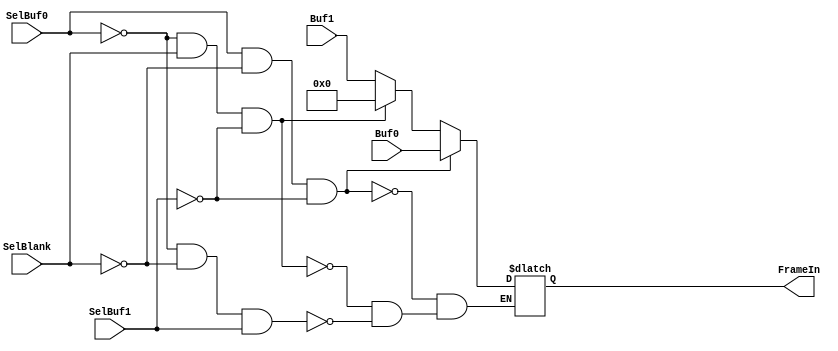
`timescale 1fs/1fs
module FrameMUX(FrameIn, Buf0, Buf1, SelBuf0, SelBlank, SelBuf1);
  //inputs
  input SelBuf0, SelBlank, SelBuf1;
  input [7:0]Buf0;
  input [7:0]Buf1;

  wire SelBuf0, SelBlank, SelBuf1;
  wire [7:0]Buf0;
  wire [7:0]Buf1;

  //outputs
  output [7:0]FrameIn;
  reg [7:0]FrameIn;

  always @ (Buf0 or Buf1 or SelBuf0 or SelBlank or SelBuf1)
  begin
    if(SelBuf0 == 1 && SelBlank == 0 && SelBuf1 == 0)
      FrameIn <= Buf0; // Buffer 0 Data
    else if(SelBuf0 == 0 && SelBlank == 1 && SelBuf1 == 0)
      FrameIn <= 0; //Blank Pixels for Vertical/Horizontal blankings
    else if(SelBuf0 == 0 && SelBlank == 0 && SelBuf1 == 1)
      FrameIn <= Buf1; // Buffer 1 Data
  end
endmodule